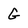
Character: G